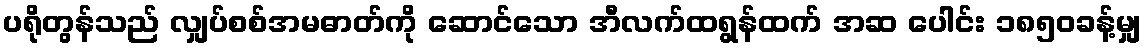
ပရိုတွန်သည် လျှပ်စစ်အမဓာတ်ကို ဆောင်သော အီလက်ထရွန်ထက် အဆ ပေါင်း ၁၈၅၀ခန့်မျှ